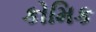
કોમિક